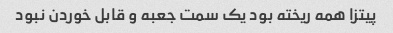
پیتزا همه ریخته بود یک سمت جعبه و قابل خوردن نبود